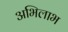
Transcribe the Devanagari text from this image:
अभिलाभ